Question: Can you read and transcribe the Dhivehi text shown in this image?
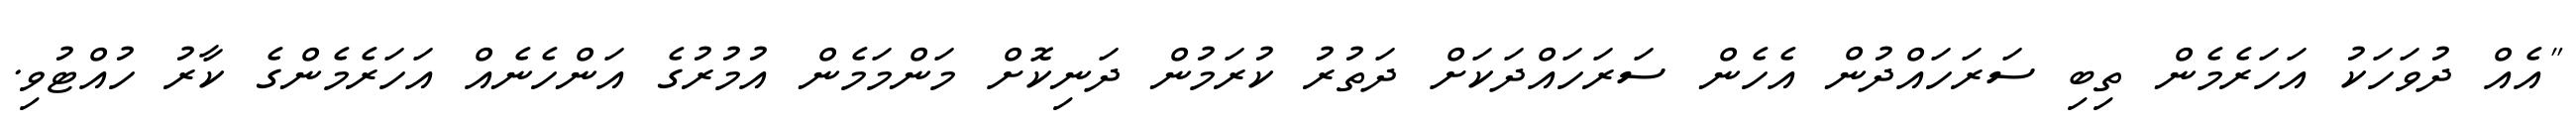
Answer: "އެއް ދުވަހަކު އަހަރެމެން ތިބި ސަރަހައްދުން އެހެން ސަރަހައްދަކަށް ދަތުރު ކުރަމުން ދަނިކޮށް މަންމަމެން އުމުރުގެ އަންހެނެއް އަހަރެމެންގެ ކާރު ހުއްޓުވި.